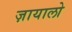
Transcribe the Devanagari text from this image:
ज़ायालो